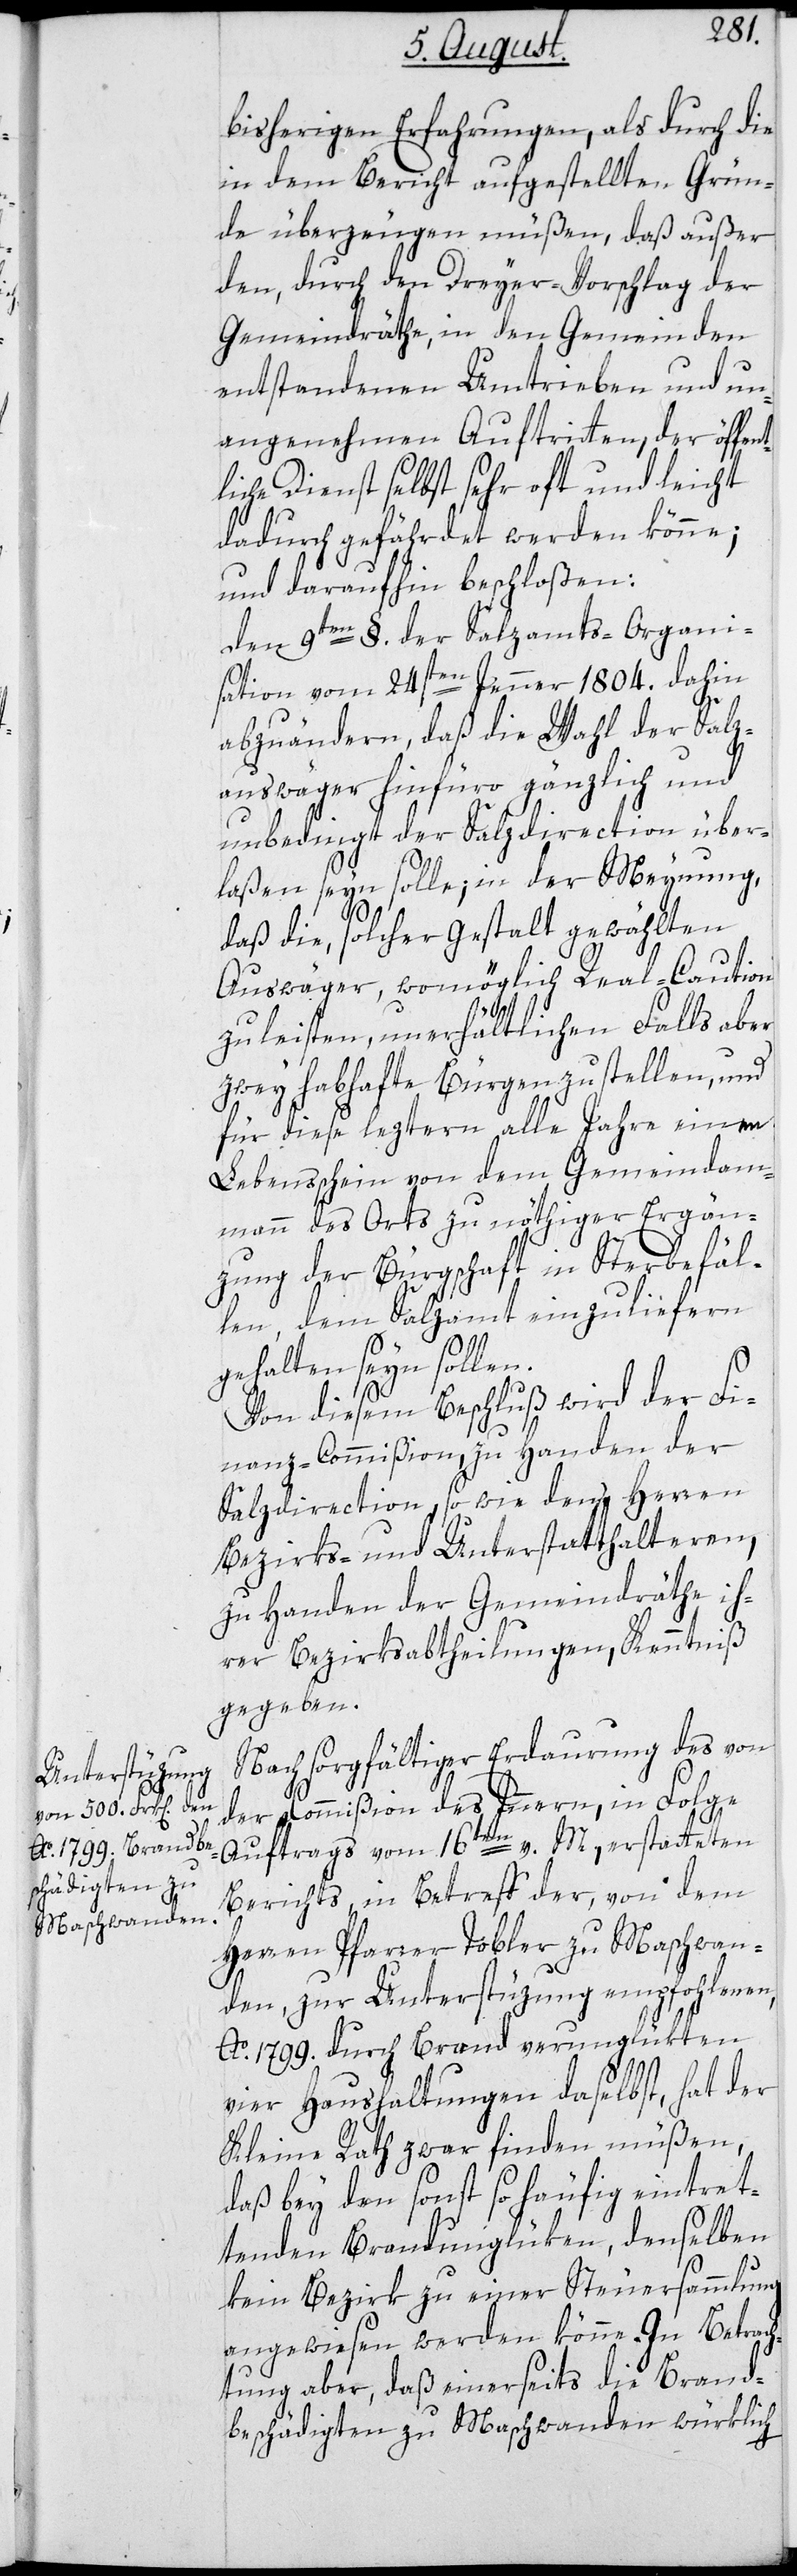
bisherigen Erfahrungen, als durch die
in dem Bericht aufgestellten Grün¬
de überzeugen müßen, daß außer
den, durch den Dreyer-Vorschlag der
Gemeindräthe, in den Gemeinden
entstandenen Umtrieben und un¬
angenehmen Auftritten, der öffent¬
liche Dienst selbst sehr oft und leicht
dadurch gefährdet werden könne;
und daraufhin beschloßen:
Den 9ten §. der Salzamts-Organi¬
sation vom 24sten Jenner 1804. dahin
abzuändern, daß die Wahl der Salz¬
auswäger hinfüro gänzlich und
unbedingt der Salzdirection über¬
laßen seyn solle; in der Meynung,
daß die, solcher Gestalt gewählten
Auswäger, womöglich Real-Caution
zu leisten, unerhältlichen Falls aber
zwey habhafte Bürgen zu stellen, und
für diese leztern alle Jahre einen
Lebensschein von dem Gemeindam¬
mann des Orts zu nöthiger Ergän¬
zung der Bürgschaft in Sterbefäl¬
len, dem Salzamt einzuliefern
gehalten seyn sollen.
Von diesem Beschluß wird der Fi¬
nanz-Commißion, zu Handen der
Salzdirection sowie den Herren
Bezirks- und Unterstatthalteren,
zu Handen der Gemeindräthe ih¬
rer Bezirksabtheilungen, Kenntniß
gegeben.
Nach sorgfältiger Erdaurung des von
der Commißion des Innern, in Folge
Auftrags vom 16ten v. M., erstatteten
Berichts in Betreff der, von dem
Herren Pfarrer Tobler zu Maschwan¬
den, zur Unterstüzung empfohlenen,
Ao. 1799. durch Brand verunglükten
vier Haushaltungen daselbst, hat der
Kleine Rath zwar finden müßen,
daß bey den sonst so häufig eintret¬
tenden Brandunglüken, denselben
kein Bezirk zu einer Steuersammlung
angewiesen werden könne. In Betrach¬
tung aber, daß einerseits die Brand¬
beschädigten zu Maschwanden würklich